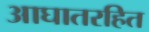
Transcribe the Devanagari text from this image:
आघातरहित